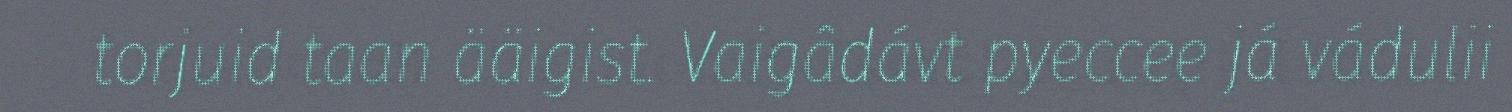
torjuid taan ääigist. Vaigâdávt pyeccee já vádulii